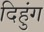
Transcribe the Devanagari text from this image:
दिहुंग